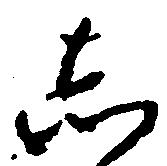
し